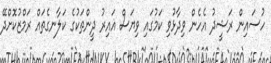
ހުސައިން ރަޝީދު އެހެން ވިދާޅުވި ކަމުގައި ވިޔަސް ޣައިރު ދީންތަކުގެ ކަލާނގެތައް ރަމްޒުކޮށްދޭ